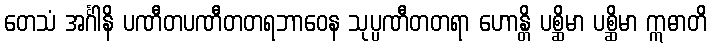
တေသံ အင်္ဂါနိ ပဏီတပဏီတတရဘာဝေန သုပ္ပဏီတတရာ ဟောန္တိ ပစ္ဆိမာ ပစ္ဆိမာ ဣဓာတိ